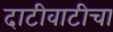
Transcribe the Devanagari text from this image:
दाटीवाटीचा